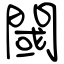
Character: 閾